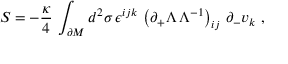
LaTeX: S = - { \frac { \kappa } { 4 } } \, \int _ { \partial M } d ^ { 2 } \sigma \, \epsilon ^ { i j k } \, \left( \partial _ { + } \Lambda \, \Lambda ^ { - 1 } \right) _ { i j } \, \partial _ { - } v _ { k } \ ,